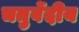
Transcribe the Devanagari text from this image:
चतुर्वेदीय